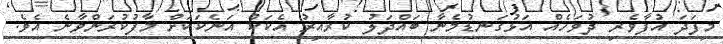
މިފަދަ އުފާވެރި ދުވަހެއް އަޅުގަނޑުމެނާ ބައްދަލު ކުރާއިރު އެކަކު އަނެކަކަށް މާފުކުރަންވާނެ އެވެ.